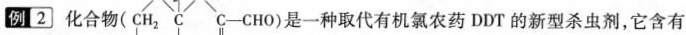
例[2〕化合物是一种取代有机氯农药DDT的新型杀虫剂，它含有